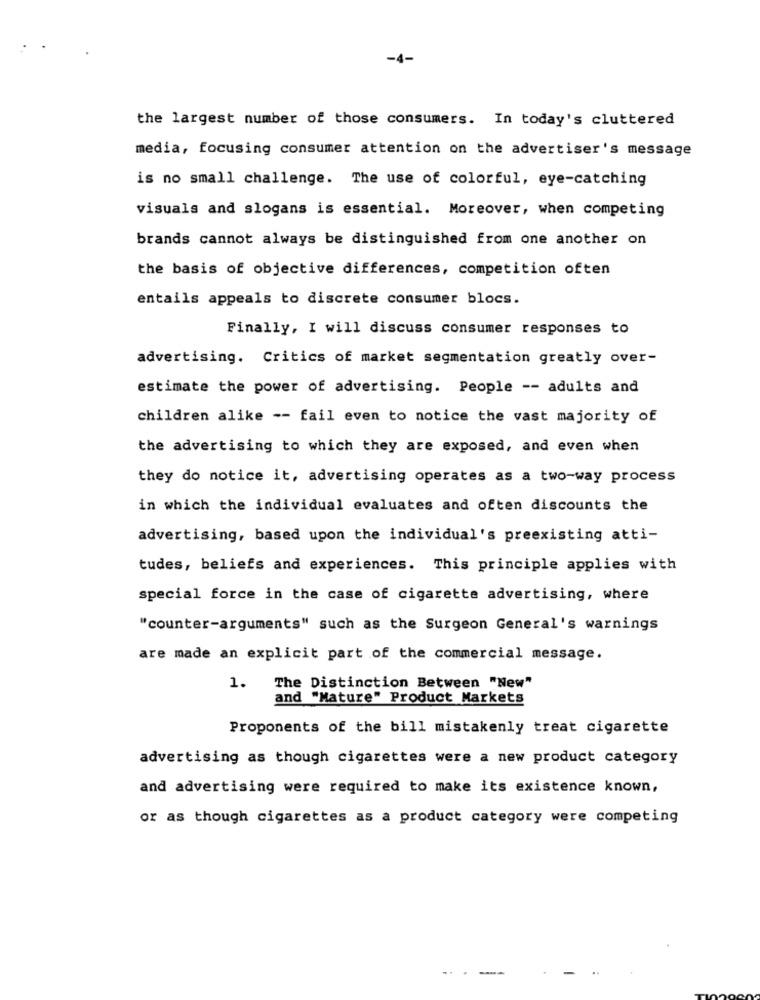
-4-
the largest number of those consumers. In today's cluttered
media, focusing consumer attention on the advertiser's message
is no small challenge. The use of colorful, eye-catching
visuals and slogans is essential. Moreover, when competing
brands cannot always be distinguished from one another on
the basis of objective differences, competition often
entails appeals to discrete consumer blocs.
Finally, I will discuss consumer responses to
advertising. Critics of market segmentation greatly over-
estimate the power of advertising. People -- adults and
children alike -- fail even to notice the vast majority of
the advertising to which they are exposed, and even when
they do notice it, advertising operates as a two-way process
in which the individual evaluates and often discounts the
advertising, based upon the individual's preexisting atti-
tudes, beliefs and experiences. This principle applies with
special force in the case of cigarette advertising, where
"counter-arguments" such as the Surgeon General's warnings
are made an explicit part of the commercial message.
1. The Distinction Between "New"
and "Mature" Product Markets
Proponents of the bill mistakenly treat cigarette
advertising as though cigarettes were a new product category
and advertising were required to make its existence known,
or as though cigarettes as a product category were competing
...